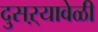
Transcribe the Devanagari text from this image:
दुसऱ्यावेळी